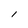
Character: l